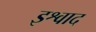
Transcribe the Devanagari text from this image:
इश्वाद